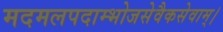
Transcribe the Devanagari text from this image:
मदमलपदाम्भोजसेवैकसेवाम्।